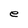
Character: e